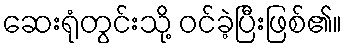
ဆေးရုံတွင်းသို့ ဝင်ခဲ့ပြီးဖြစ်၏။